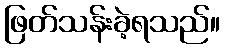
ဖြတ်သန်းခဲ့ရသည်။